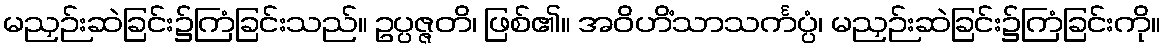
မညှဉ်းဆဲခြင်း၌ကြံခြင်းသည်။ ဥပ္ပဇ္ဇတိ၊ ဖြစ်၏။ အဝိဟိံသာသင်္ကပ္ပံ၊ မညှဉ်းဆဲခြင်း၌ကြံခြင်းကို။